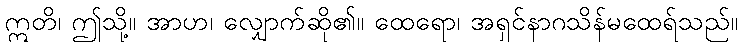
ဣတိ၊ ဤသို့။ အာဟ၊ လျှောက်ဆို၏။ ထေရော၊ အရှင်နာဂသိန်မထေရ်သည်။